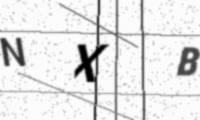
Text: NXB